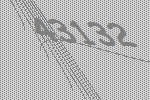
43132